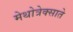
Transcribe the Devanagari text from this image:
मेथोत्रेक्साते